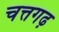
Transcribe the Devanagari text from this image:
चत्तगढ़